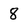
Character: 8